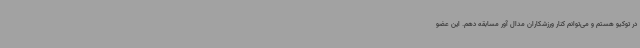
در توکیو هستم و می‌توانم کنار ورزشکاران مدال آور مسابقه دهم. این عضو